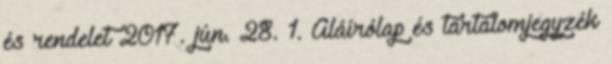
és rendelet 2017. jún. 28. 1. Aláírólap és tartalomjegyzék